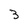
Character: 3